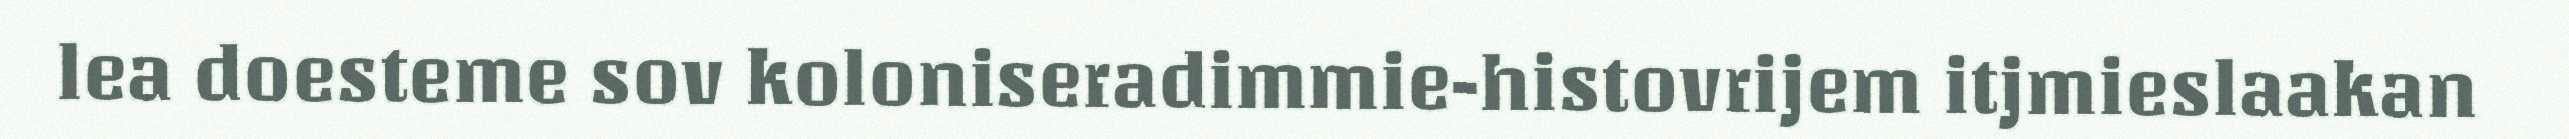
lea doesteme sov koloniseradimmie-histovrijem itjmieslaakan